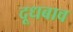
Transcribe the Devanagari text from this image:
दूधबाव